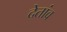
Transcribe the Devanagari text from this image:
देतांव